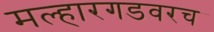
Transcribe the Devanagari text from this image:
मल्हारगडवरच